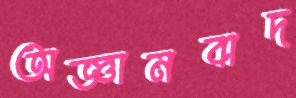
অজ্ঞানবাদ